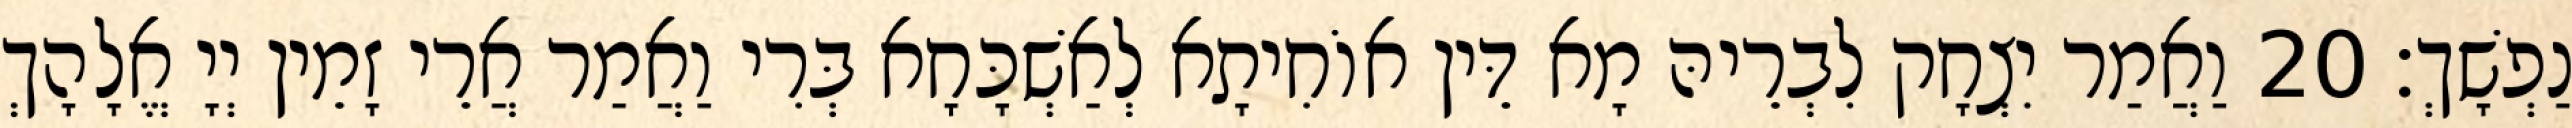
נַפְשָׁךְ׃ 20 וַאֲמַר יִצְחָק לִבְרֵיהּ מָא דֵּין אוֹחִיתָא לְאַשְׁכָּחָא בְּרִי וַאֲמַר אֲרֵי זָמֵין יְיָ אֱלָהָךְ